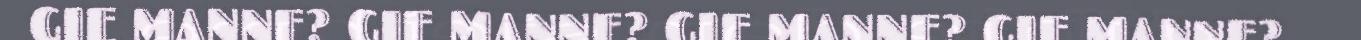
GIE MANNE? GIE MANNE? GIE MANNE? GIE MANNE?